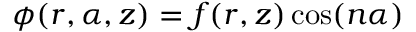
\phi ( r , \alpha , z ) = f ( r , z ) \cos ( n \alpha )